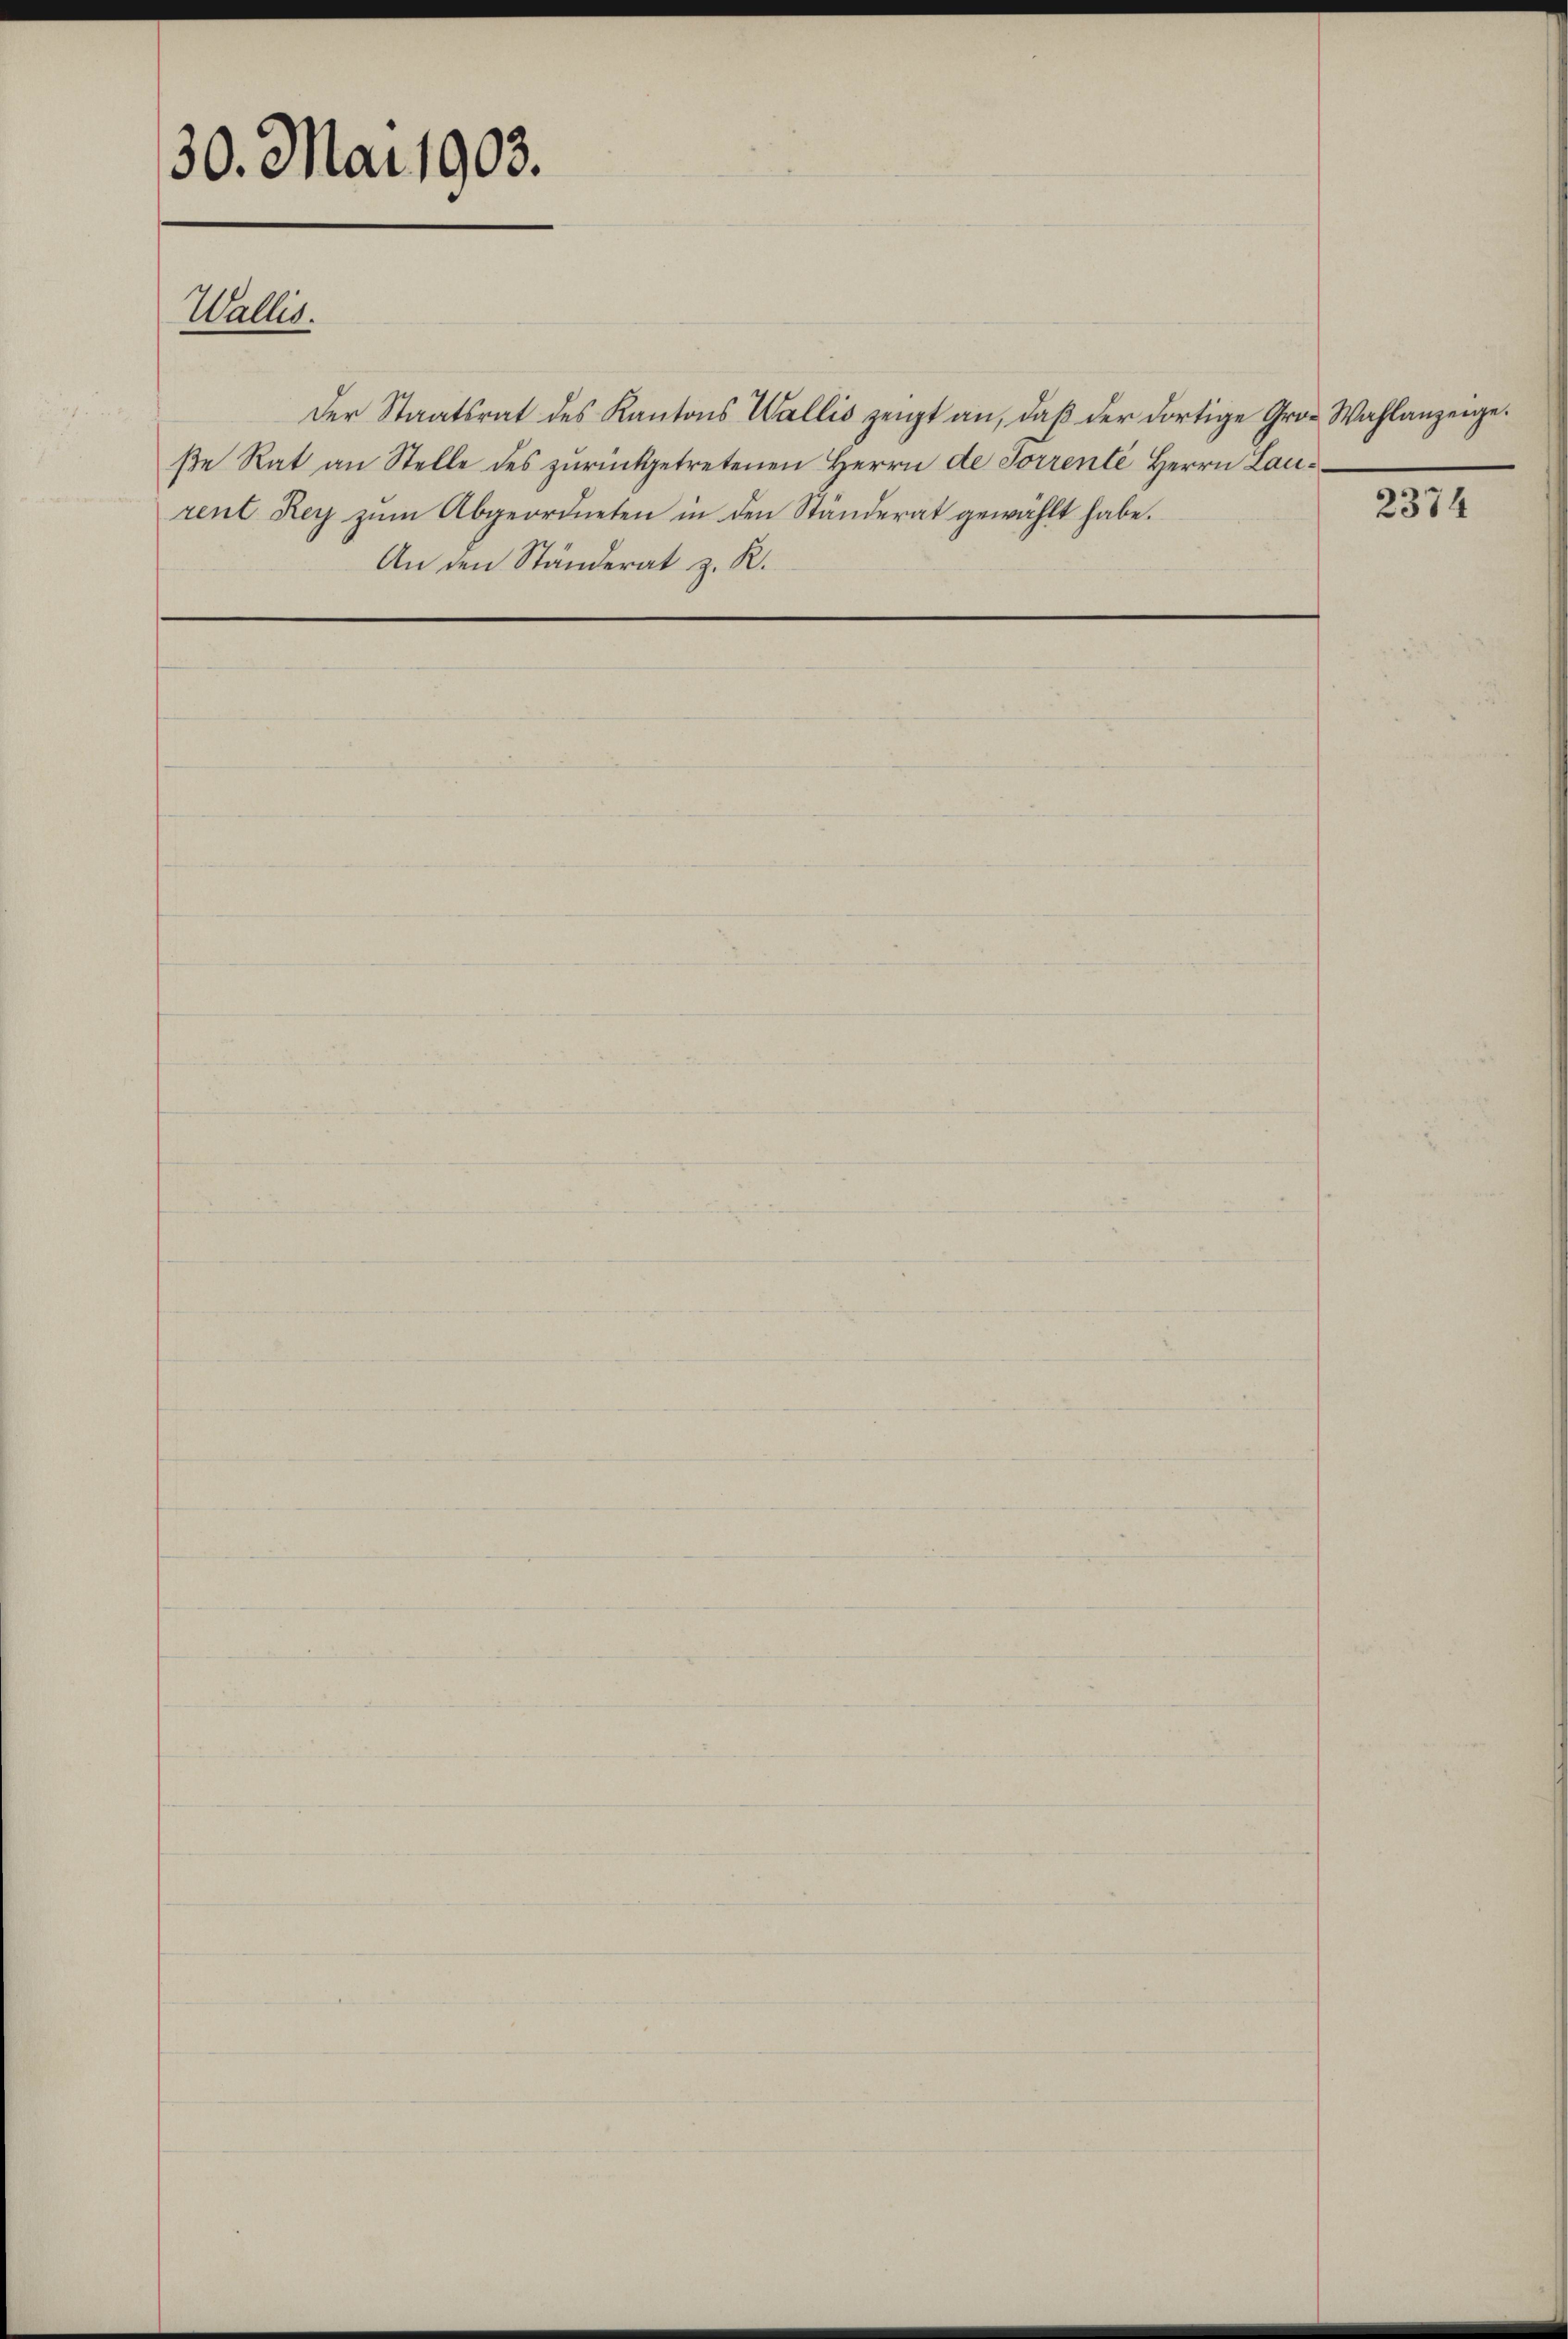
30. Mai 1903.

Wallis.

An den Ständerat z. R.

Der Staatsrat des Kantons Wallis zeigt an, daß der dortige Gro- Wahlanzeige.
βe Rat an Stelle des zŭrückgetretenen Herrn de Sorrente Herrn Lau¬
2374
rent Rey zŭm Abgeordneten in den Ständerat gewählt habe.